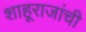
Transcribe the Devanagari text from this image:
शाहूराजांची